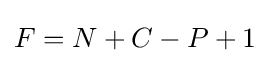
F=N+C-P+1